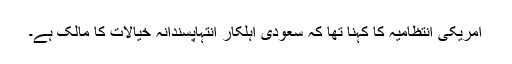
امریکی انتظامیہ کا کہنا تھا کہ سعودی اہلکار انتہاپسندانہ خیالات کا مالک ہے۔